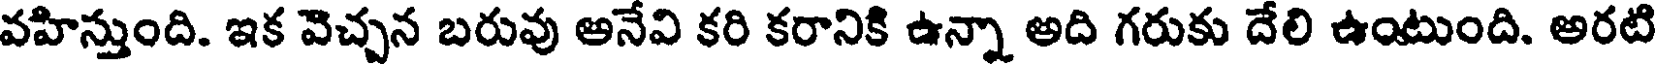
వహిన్తుంది. ఇక వెచ్చన బరువు అనేవి కరి కరానికి ఉన్నా అది గరుకు దేలి ఉంటుంది. అరటి